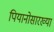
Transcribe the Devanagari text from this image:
पियानोसारख्या